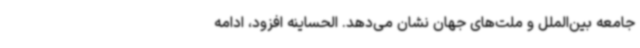
جامعه بین‌الملل و ملت‌های جهان نشان می‌دهد. الحساینه افزود، ادامه